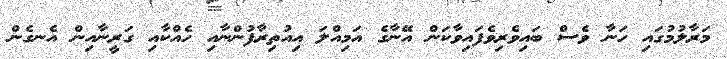
މަރާލުމުގައި ހަނާ ވެސް ބައިވެރިވެފައިވާކަން އޭނާގެ އަމިއްލަ އިއުތިރާފުންނާއި ހެއްކާއި ގަރީނާއިން އެނގެން